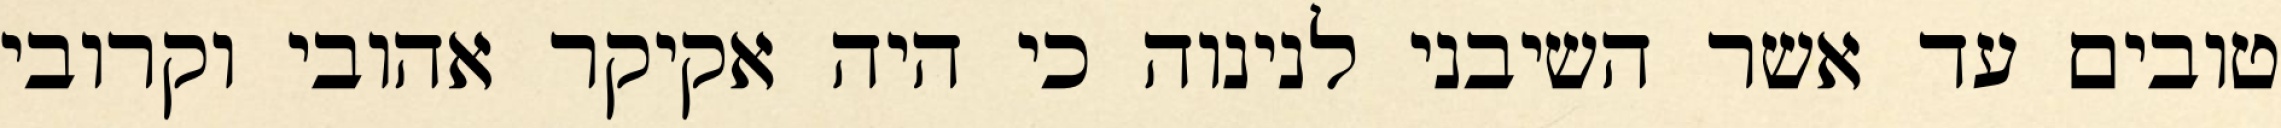
טובים עד אשר השיבני לנינוה כי היה אקיקר אהובי וקרובי